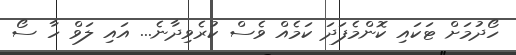
ހޯދުމަށް ޓަކައި ކޮންމެފަދަ ކަމެއް ވެސް ކުރެވިދާނެ... އައި ލަވް ހާ ސޯ